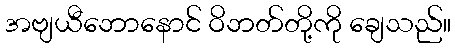
အဗျယီဘောနောင် ဝိဘတ်တို့ကို ချေသည်။